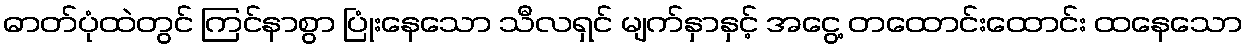
ဓာတ်ပုံထဲတွင် ကြင်နာစွာ ပြုံးနေသော သီလရှင် မျက်နှာနှင့် အငွေ့ တထောင်းထောင်း ထနေသော